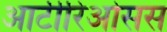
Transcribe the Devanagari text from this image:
आर्टीरिओसस